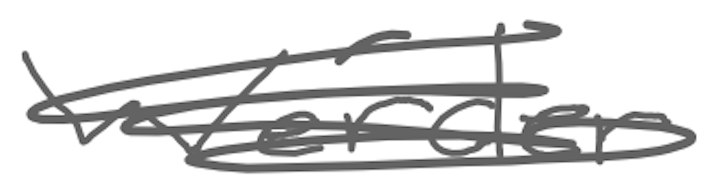
Text: Werder
Cross-out: scratch
Writing tool: digital_gray